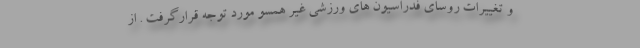
و تغییرات روسای فدراسیون های ورزشی غیر همسو مورد توجه قرارگرفت . از